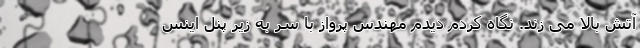
آتش بالا می زند. نگاه کردم دیدم مهندس پرواز با سر به زیر پنل اینس